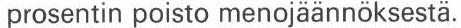
prosentin poisto menojäännöksestä.